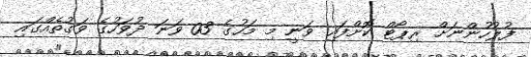
ފުލުހުންނަށް ރިޕޯޓް ކޮށްފައި ވަނީ މި މަހުގެ 03 ވަނަ ދުވަހުގެ ވަގުތެއްގައި